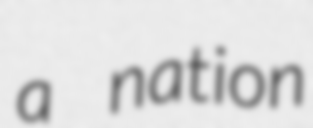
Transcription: a nation